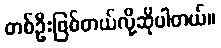
တစ်ဦးဖြစ်တယ်လို့ဆိုပါတယ်။